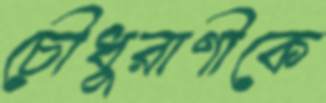
চৌধুরাণীকে